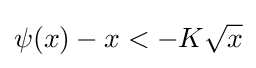
\psi (x)-x<-K{\sqrt {x}}